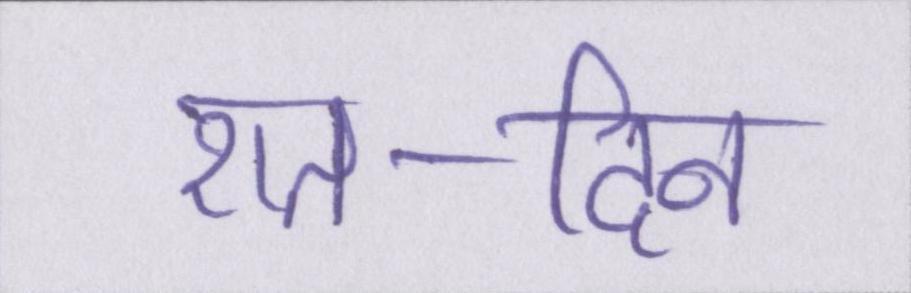
रात-दिन